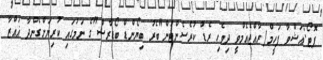
ފޮޓޯ:އަޝްވާ ފަހީމް/ރާއްޖެއެމްވީ ދިވެހި ރެޑް ކުރެސެންޓުން"ބެރު ބިޔޯންޑް ބޯޑާރސް"ގެ ނަމުގައި ކުރިޔަށްގެންދާ ޣައްޒާ